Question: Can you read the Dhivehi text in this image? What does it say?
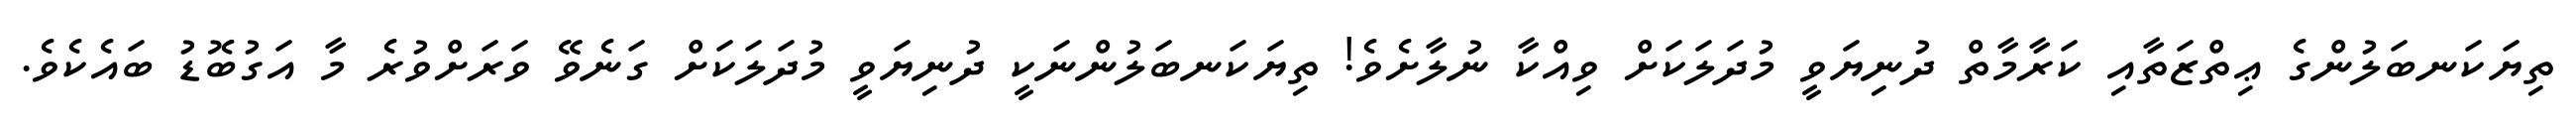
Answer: ތިޔަކަނބަލުންގެ ޢިތްޒަތާއި ކަރާމާތް ދުނިޔަވީ މުދަލަކަށް ވިއްކާ ނުލާށެވެ! ތިޔަކަނބަލުންނަކީ ދުނިޔަވީ މުދަލަކަށް ގަނެވޭ ވަރަށްވުރެ މާ އަގުބޮޑު ބައެކެވެ.